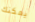
يمكنك